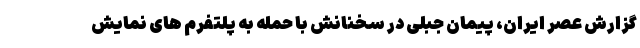
گزارش عصر ایران، پیمان جبلی در سخنانش با حمله به پلتفرم های نمایش